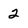
Character: 2